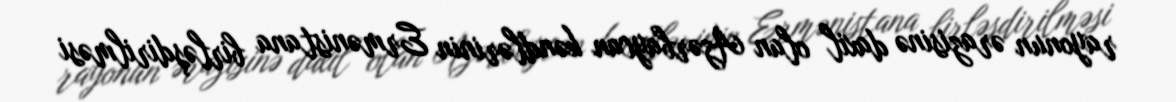
rayonun ərazisinə daxil olan Azərbaycan kəndlərinin Ermənistana birləşdirilməsi